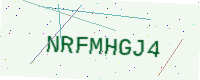
Text: NRFMHGJ4